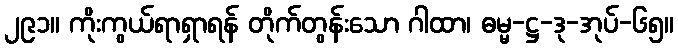
၂၉၁။ ကိုးကွယ်ရာရှာရန် တိုက်တွန်းသော ဂါထာ၊ ဓမ္မ-ဋ္ဌ-ဒု-အုပ်-၆၅။